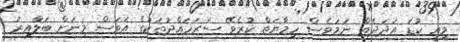
މިއީ ކުޑަ އަދަދެއް ނަމަވެސް ހިމާޔަތް ކުރެވޭ ސަރަހައްދުތަކުގެ އަވަސް މިނަށް ބަލާއިރު